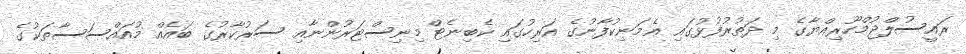
ރައީސުލްޖުމްހޫރިއްޔާގެ މި ދަތުރުފުޅުގައި އެމަނިކުފާނުގެ އަރިހުގައި ކެބިނެޓް މިނިސްޓަރުންނާއި ސަރުކާރުގެ ބައެއް މުއައްސަސާތަކުގެ